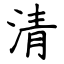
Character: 清